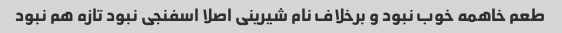
طعم خاهمه خوب نبود و برخلاف نام شیرینی اصلا اسفنجی نبود تازه هم نبود